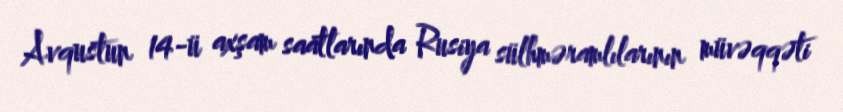
Avqustun 14-ü axşam saatlarında Rusiya sülhməramlılarının müvəqqəti